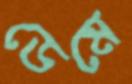
ডেমে